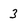
Character: 3